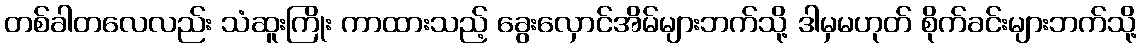
တစ်ခါတလေလည်း သံဆူးကြိုး ကာထားသည့် ခွေးလှောင်အိမ်များဘက်သို့ ဒါမှမဟုတ် စိုက်ခင်းများဘက်သို့